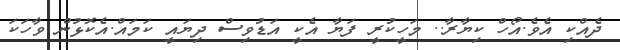
ދެއްކި އެވެ.އޯހް ކިޔާރާ.. މަހީކުރީ ފަޔާ އެކީ އަޑުވިސް ދިޔައީ ކަމައް.އެކޮޅުން ވާހަކަ